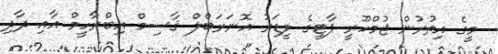
މީގެ އިތުރުން ޖުމްހޫރީ ޕާޓީގެ ލީޑަރު އޮނަރަބްލް ޤާސިމް އިބްރާހީމް އާއި ދާދި